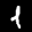
Label: 1